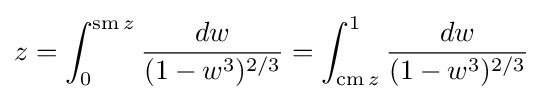
z=\int _{0}^{\operatorname {sm} z}{\frac {dw}{(1-w^{3})^{2/3}}}=\int _{\operatorname {cm} z}^{1}{\frac {dw}{(1-w^{3})^{2/3}}}